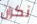
نكران